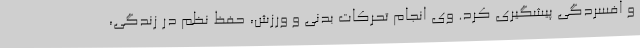
و افسردگی پیشگیری کرد. وی انجام تحرکات بدنی و ورزش، حفظ نظم در زندگی،